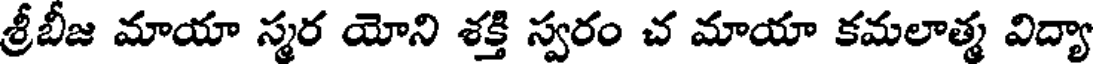
శ్రీబీజ మాయా స్మర యోని శక్తి స్వరం చ మాయా కమలాత్మ విద్యా